Cholera in India, 1862 to 1881
Year: 1862
Disease focus: Cholera
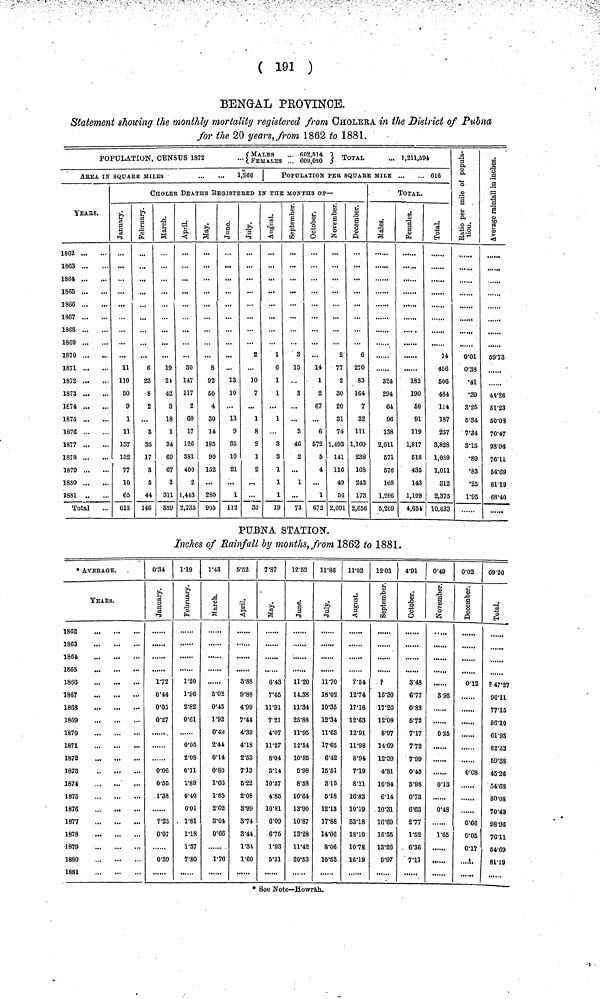
( 191 )
BENGAL PROVINCE.
Statement showing the monthly mortality registered from CHOLERA in the District of Pubna
for the 20 years, from 1862 to 1881.
POPULATION, CENSUS 1872 ...{MALES... FEMALES...602,514 ,609,080 } TOTAL ...1,211,594
AREA IN SQUARE MILES
1,966
YEARS.
1862
1863
1864
1866
1866
1867
1868
1869
1870
1871
1872
1873
1£74
1875
1876
1877
1878
1879
1880
1881
Total
POPULATION PER SQUARE MILE
616
CHOLER DEATHS REGISTERED IN THE MONTNHS OF—
January.
11
110
50
9
1
11
137
132
77
10
65
613
February.
6
23
8
2
...
3
35
17
3
6
44
146
March.
19
21
42
3
18
1
34
69
67
1
311
589
April.
30
147
117
2
60
17
126
381
400
2
1,443
2,735
May.
8
92
60
4
30
14
185
90
152
...
280
905
June.
...
13
10
13
9
35
10
21
...
1
112
July.
2
10
7
1
8
2
1
2
...
...
33
August.
1
6
1
1
1
3
8
1
1
1
19
September.
3
15
3
3
46
2
...
1
73
October.
14
1
2
67
...
6
572
5
4
...
1
672
November.
2
77
2
30
20
31
74
1,493
141
116
49
66
2,091
December.
6
270
83
164
7
32
111
1,160
238
16S
243
173
2,656
TOTAL
Males.
324
294
64
96
138
2,011
671
676
169
1,266
6,209
Females.
182
190
60
91
119
1,817
618
435
143
1,109
4,654
Total.
14
456
506
484
114
187
257
3,828
1,089
1,011
312
2,375
10.633
Ratio per mille of
population.
0.01
0.38
•41
•39
3.25
5.34
7.34
3.15
•89
•83
•25
1.95
Average in inches
59.73
41.26
51.23
50.03
70.47
98.96
76.11
54.69
81.19
68.40
PUBNA STATION.
Inches of Rainfall by months, from 1862 to 1881.
* AVERAGE.
YEArS.
1862
...
1863
1864
1865
1865
1867
1888
1869
1870
1871
1872
187S
1874
1875
1876
1877
1878
1879
1880
1881
0.34
January.
1.72
0.44
0.05
0.27
0.06
0.55
1.38
2.23
0.07
0.39
1.19
February.
1.20
1.96
2.82
0.61
0.05
2.08
0.11
1.89
0.40
0.01
1.81
1. 18
1.37
7.80
1.43
March.
5.02
0.43
1.92
0.49
2.44
0.14
0.80
1.66
1.85
2.02
3.04
0.66
1.76
5.52
April.
3.88
9.88
4.99
7.44
4.39
4.18
2.53
7.13
5.22
2.08
3.99
3.74
3.44
1.34
1.60
7.87
May.
6.43
7.65
11.91
7.21
4.07
11.27
8.04
3.14
10.57
4.85
10.81
6.09
6.75
1.93
6.31
12.62
June.
11.20
14.38
11.34
25.88
11.95
12.54
10.85
5.98
8.58
10.64
13.90
10.87
13.28
11.42
20.53
11.86
July.
11.70
18.02
10.35
12.34
11.63
17.65
6.42
15.51
8.15
5.18
12.13
17.88
14.06
8.06
10.63
11.02
August.
7.54
12.74
17.18
12.63
12.91
11.98
8.94
7.19
8.11
16.83
10.19
83.18
18.10
10.78
16.19
12.03
September.
?
15.30
17.20
12.08
8.97
14.69
12.39
4.81
10.84
6.14
10.31
16.69
15.36
13.26
9.97
4.91
October.
3.48
6.77
0.88
5.72
7.17
7.72
7.99
0.45
3.98
0.73
6.63
2.77
1.62
6.36
7.11
0.49
November.
3.95
0.35
0.13
0.48
1.65
0.02
December.
0.12
......
0.08
......
0.66
0.06
0.17
69.20
Total.
? 47.27
96.11
77.15
86.10
61.93
82.52
69.38
45.26
54.68
80.08
70.49
98.96
76.11
54.69
81.19
* See Note—Howràh.